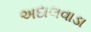
અદાલવાડા